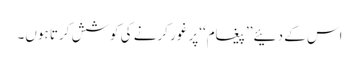
اس کے دئیے ’’پیغام‘‘پر غور کرنے کی کوشش کرتا ہوں۔